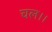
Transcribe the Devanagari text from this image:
चल।।